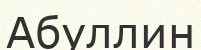
Абуллин